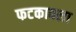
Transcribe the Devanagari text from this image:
फटकावला